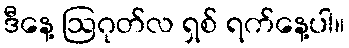
ဒီနေ့ ဩဂုတ်လ ရှစ် ရက်နေ့ပါ။